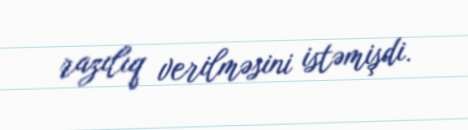
razılıq verilməsini istəmişdi.